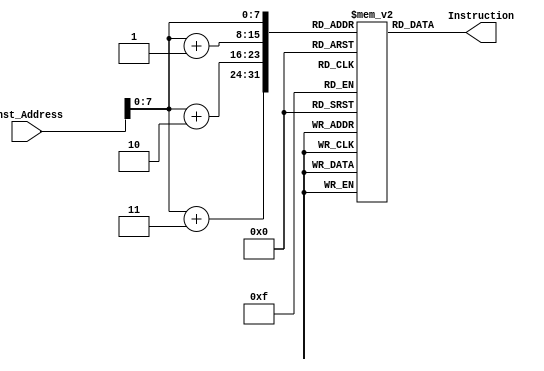
`timescale 1ns / 1ps

module Instruction_Memory
(
input [63:0] Inst_Address,
output reg [31:0] Instruction
);
	reg[7:0] instructions[159:0];

	initial
	begin

      

	//addi x11,x0,4  length of array
	instructions[0] = 8'h93;
	instructions[1] = 8'h05;
	instructions[2] = 8'h80;
	instructions[3] = 8'h00;
     
	//addi x6,x0,0   i
	instructions[4] = 8'h13;
	instructions[5] = 8'h03;
	instructions[6] = 8'h00;
	instructions[7] = 8'h00;
	
    //addi x7,x0,0   j
	instructions[8] = 8'h93;
	instructions[9] = 8'h03;
	instructions[10] = 8'h00;
	instructions[11] = 8'h00;
    
	//addi x5, x0, 0  base address of a
	instructions[12] = 8'h93;
	instructions[13] = 8'h02;
	instructions[14] = 8'h00;
	instructions[15] = 8'h00;
	
    //Loop1 : beq x6,x11,return
	instructions[16] = 8'h63;
	instructions[17] = 8'h08;
	instructions[18] = 8'hb3;
	instructions[19] = 8'h08;
	
    //addi x21,x0,0
	instructions[20] = 8'h93;
	instructions[21] = 8'h0a;
	instructions[22] = 8'h00;
	instructions[23] = 8'h00;
	
    //add x21,x21,x6
	instructions[24] = 8'hb3;
	instructions[25] = 8'h8a;
	instructions[26] = 8'h6a;
	instructions[27] = 8'h00;
	
    //add x21,x21,x6
	instructions[28] = 8'hb3;
	instructions[29] = 8'h8a;
	instructions[30] = 8'h6a;
	instructions[31] = 8'h00;
	
    //add x21,x21,x6
	instructions[32] = 8'hb3;
	instructions[33] = 8'h8a;
	instructions[34] = 8'h6a;
	instructions[35] = 8'h00;
	
    //add x21,x21,x6
	instructions[36] = 8'hb3;
	instructions[37] = 8'h8a;
	instructions[38] = 8'h6a;
	instructions[39] = 8'h00;
	
    //add x21,x21,x6
	instructions[40] = 8'hb3;
	instructions[41] = 8'h8a;
	instructions[42] = 8'h6a;
	instructions[43] = 8'h00;
	
    //add x21,x21,x6
	instructions[44] = 8'hb3;
	instructions[45] = 8'h8a;
	instructions[46] = 8'h6a;
	instructions[47] = 8'h00;
	
    //add x21,x21,x6
	instructions[48] = 8'hb3;
	instructions[49] = 8'h8a;
	instructions[50] = 8'h6a;
	instructions[51] = 8'h00;
	
	//add x21,x21,x6
	instructions[52] = 8'hb3;
	instructions[53] = 8'h8a;
	instructions[54] = 8'h6a;
	instructions[55] = 8'h00;
	
    //addi x6,x6,1     i = i + 1
	instructions[56] = 8'h13;
	instructions[57] = 8'h03;
	instructions[58] = 8'h13;
	instructions[59] = 8'h00;
	
    //addi x7,x0,0
	instructions[60] = 8'h93;
	instructions[61] = 8'h03;
	instructions[62] = 8'h00;
	instructions[63] = 8'h00;
	
    //addi x7,x6,0   j = i
	instructions[64] = 8'h93;
	instructions[65] = 8'h03;
	instructions[66] = 8'h03;
	instructions[67] = 8'h00;
	
    //Loop2 : beq x7,x11,Loop1
	instructions[68] = 8'he3;
	instructions[69] = 8'h86;
	instructions[70] = 8'hb3;
	instructions[71] = 8'hfc;
	
    //add x22,x22,x7
	instructions[72] = 8'h33;
	instructions[73] = 8'h0b;
	instructions[74] = 8'h7b;
	instructions[75] = 8'h00;
	
    //add x22,x22,x7
	instructions[76] = 8'h33;
	instructions[77] = 8'h0b;
	instructions[78] = 8'h7b;
	instructions[79] = 8'h00;
	
    //add x22,x22,x7
	instructions[80] = 8'h33;
	instructions[81] = 8'h0b;
	instructions[82] = 8'h7b;
	instructions[83] = 8'h00;
	
    //add x22,x22,x7
	instructions[84] = 8'h33;
	instructions[85] = 8'h0b;
	instructions[86] = 8'h7b;
	instructions[87] = 8'h00;
	
    //add x22,x22,x7
	instructions[88] = 8'h33;
	instructions[89] = 8'h0b;
	instructions[90] = 8'h7b;
	instructions[91] = 8'h00;
	
    //add x22,x22,x7
	instructions[92] = 8'h33;
	instructions[93] = 8'h0b;
	instructions[94] = 8'h7b;
	instructions[95] = 8'h00;
	
    //add x22,x22,x7
	instructions[96] = 8'h33;
	instructions[97] = 8'h0b;
	instructions[98] = 8'h7b;
	instructions[99] = 8'h00;
	
    //add x22,x22,x7
	instructions[100] = 8'h33;
	instructions[101] = 8'h0b;
	instructions[102] = 8'h7b;
	instructions[103] = 8'h00;
	
    //addi x7,x7,1
	instructions[104] = 8'h93;
	instructions[105] = 8'h83;
	instructions[106] = 8'h13;
	instructions[107] = 8'h00;
	
    //add x14,x21,x5     address of a[i]
	instructions[108] = 8'h33;
	instructions[109] = 8'h87;
	instructions[110] = 8'h5a;
	instructions[111] = 8'h00;
	
    //add x15,x22,x5     address of a[j]
	instructions[112] = 8'hb3;
	instructions[113] = 8'h07;
	instructions[114] = 8'h5b;
	instructions[115] = 8'h00;
	
    //addi x22,x0,0
	instructions[116] = 8'h13;
	instructions[117] = 8'h0b;
	instructions[118] = 8'h00;
	instructions[119] = 8'h00;
	
    //ld x16,0(x14)  x16 = a[i]
	instructions[120] = 8'h03;
	instructions[121] = 8'h38;
	instructions[122] = 8'h07;
	instructions[123] = 8'h00;
	
    //ld x17,0(x15) x17 = a[j]
	instructions[124] = 8'h83;
	instructions[125] = 8'hb8;
	instructions[126] = 8'h07;
	instructions[127] = 8'h00;
	
    //beq x16,x17,Loop2  (a[i] == a[j])
	instructions[128] = 8'he3;
	instructions[129] = 8'h02;
	instructions[130] = 8'h18;
	instructions[131] = 8'hfd;
	
    //blt x16,x17,Loop2   (a[i] < a[j])
	instructions[132] = 8'he3;
	instructions[133] = 8'h40;
	instructions[134] = 8'h18;
	instructions[135] = 8'hfd;
	
    //add x18,x0,x16
	instructions[136] = 8'h33;
	instructions[137] = 8'h09;
	instructions[138] = 8'h00;
	instructions[139] = 8'h01;
	
    //add x16,x0,x17
	instructions[140] = 8'h33;
	instructions[141] = 8'h08;
	instructions[142] = 8'h10;
	instructions[143] = 8'h01;
	
    //sd x16, 0(x14)
	instructions[144] = 8'h23;
	instructions[145] = 8'h30;
	instructions[146] = 8'h07;
	instructions[147] = 8'h01;
	
	//add x17,x0,x18
	instructions[148] = 8'hb3;
	instructions[149] = 8'h08;
	instructions[150] = 8'h20;
	instructions[151] = 8'h01;
	
    //sd x17,0(x15)
	instructions[152] = 8'h23;
	instructions[153] = 8'hb0;
	instructions[154] = 8'h17;
	instructions[155] = 8'h01;
	
    //beq x0,x0,Loop2
	instructions[156] = 8'he3;
	instructions[157] = 8'h04;
	instructions[158] = 8'h00;
	instructions[159] = 8'hfa;

	


		

		

	end
	
	always @ (Inst_Address)
	begin
		Instruction = {instructions[Inst_Address+3], 
		               instructions[Inst_Address+2], 
		               instructions[Inst_Address+1], 
					   instructions[Inst_Address]};
	end
	
endmodule